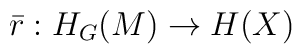
\bar{r} : H_G(M) \rightarrow H(X)